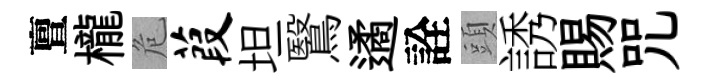
亶櫳危葭坦鷖遹詮頭誘賜咒